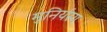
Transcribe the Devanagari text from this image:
मुनिर्यस्य